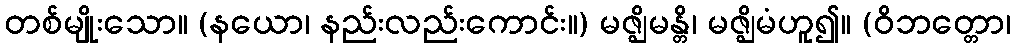
တစ်မျိုးသော။ (နယော၊ နည်းလည်းကောင်း။) မဇ္ဈိမန္တိ၊ မဇ္ဈိမံဟူ၍။ (ဝိဘတ္တော၊